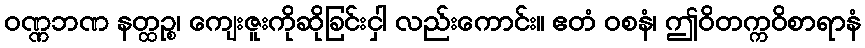
ဝဏ္ဏဘဏ နတ္ထဉ္စ၊ ကျေးဇူးကိုဆိုခြင်းငှါ လည်းကောင်း။ ဧတံ ဝစနံ၊ ဤဝိတက္ကဝိစာရာနံ